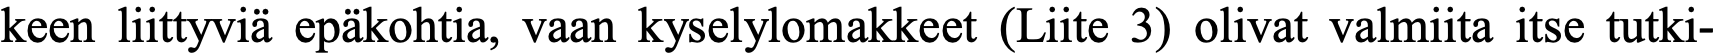
keen liittyviä epäkohtia, vaan kyselylomakkeet (Liite 3) olivat valmiita itse tutki-